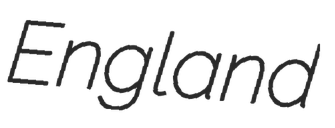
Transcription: England